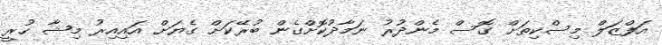
އަފްޒަލް މިސްކިތަށް ގޮސް މެންދުރު ނަމާދުކޮށްގެން ބުރޭކަށް ގެޔަށް އައިއިރު މިޝާ ހުރީ